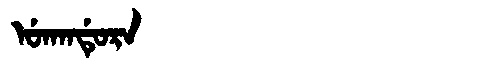
Manchu: ᡠᡴᠠᠨᡩᡠᡵᠠ
Romanization: UKANDURA